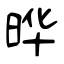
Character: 晔